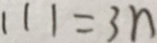
1 1 1 = 3 n